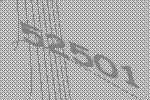
52501